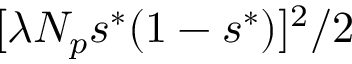
[ \lambda N _ { p } s ^ { * } ( 1 - s ^ { * } ) ] ^ { 2 } / 2